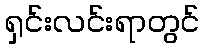
ရှင်းလင်းရာတွင်